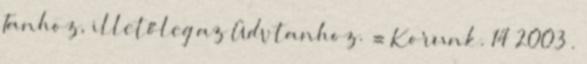
Tanhoz, illetőleg az Üdvtanhoz. = Korunk. 14 2003 .